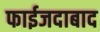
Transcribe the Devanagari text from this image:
फाईजदाबाद